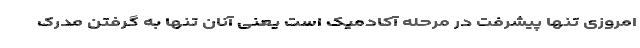
امروزی تنها پیشرفت در مرحله آکادمیک است یعنی آنان تنها به گرفتن مدرک